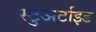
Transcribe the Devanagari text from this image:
स्टुअर्टाइड